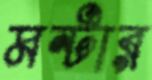
মন্টার